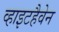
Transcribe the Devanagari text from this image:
व्हाइटहैवेन